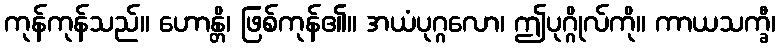
ကုန်ကုန်သည်။ ဟောန္တိ၊ ဖြစ်ကုန်၏။ အယံပုဂ္ဂလော၊ ဤပုဂ္ဂိုလ်ကို။ ကာယသက္ခီ၊